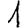
Digit: 1